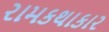
રામકથાકાર